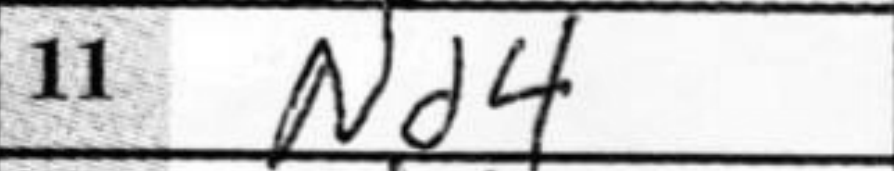
Transcription: Nd4